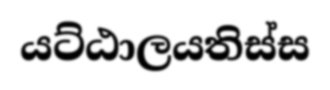
යට්ඨාලයතිස්ස